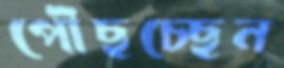
পৌঁছচ্ছেন